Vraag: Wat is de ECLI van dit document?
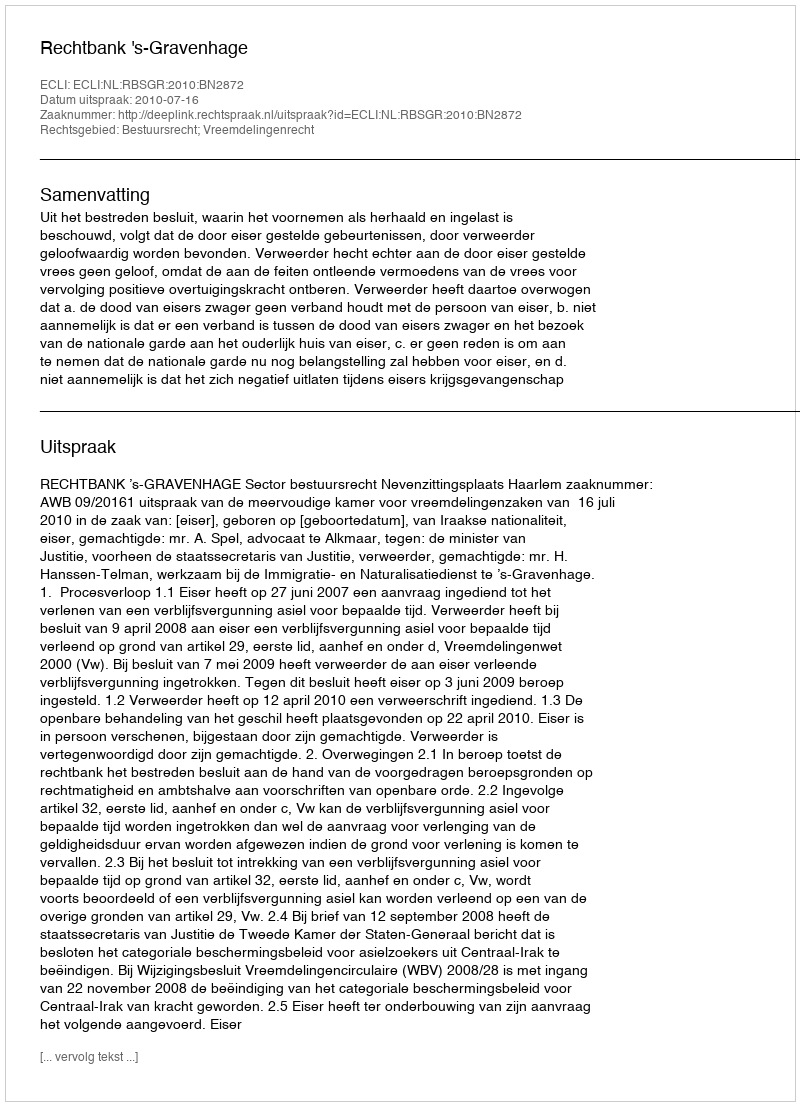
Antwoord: ECLI:NL:RBSGR:2010:BN2872